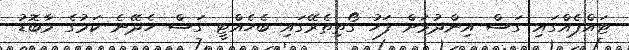
ޓައްޕެއްގައި ގަސް އިންދުމަށް ފަހު ގޯތިތެރޭގައި ބެހެއްޓީ ގަސް ހެދޭނެ ކަމުގެ މާބޮޑު